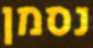
נסמן